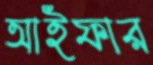
আইফার